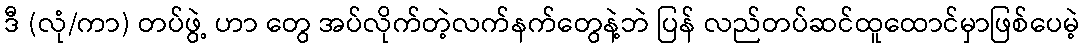
ဒီ (လုံ/ကာ) တပ်ဖွဲ့ ဟာ တွေ အပ်လိုက်တဲ့လက်နက်တွေနဲ့ဘဲ ပြန် လည်တပ်ဆင်ထူထောင်မှာဖြစ်ပေမဲ့